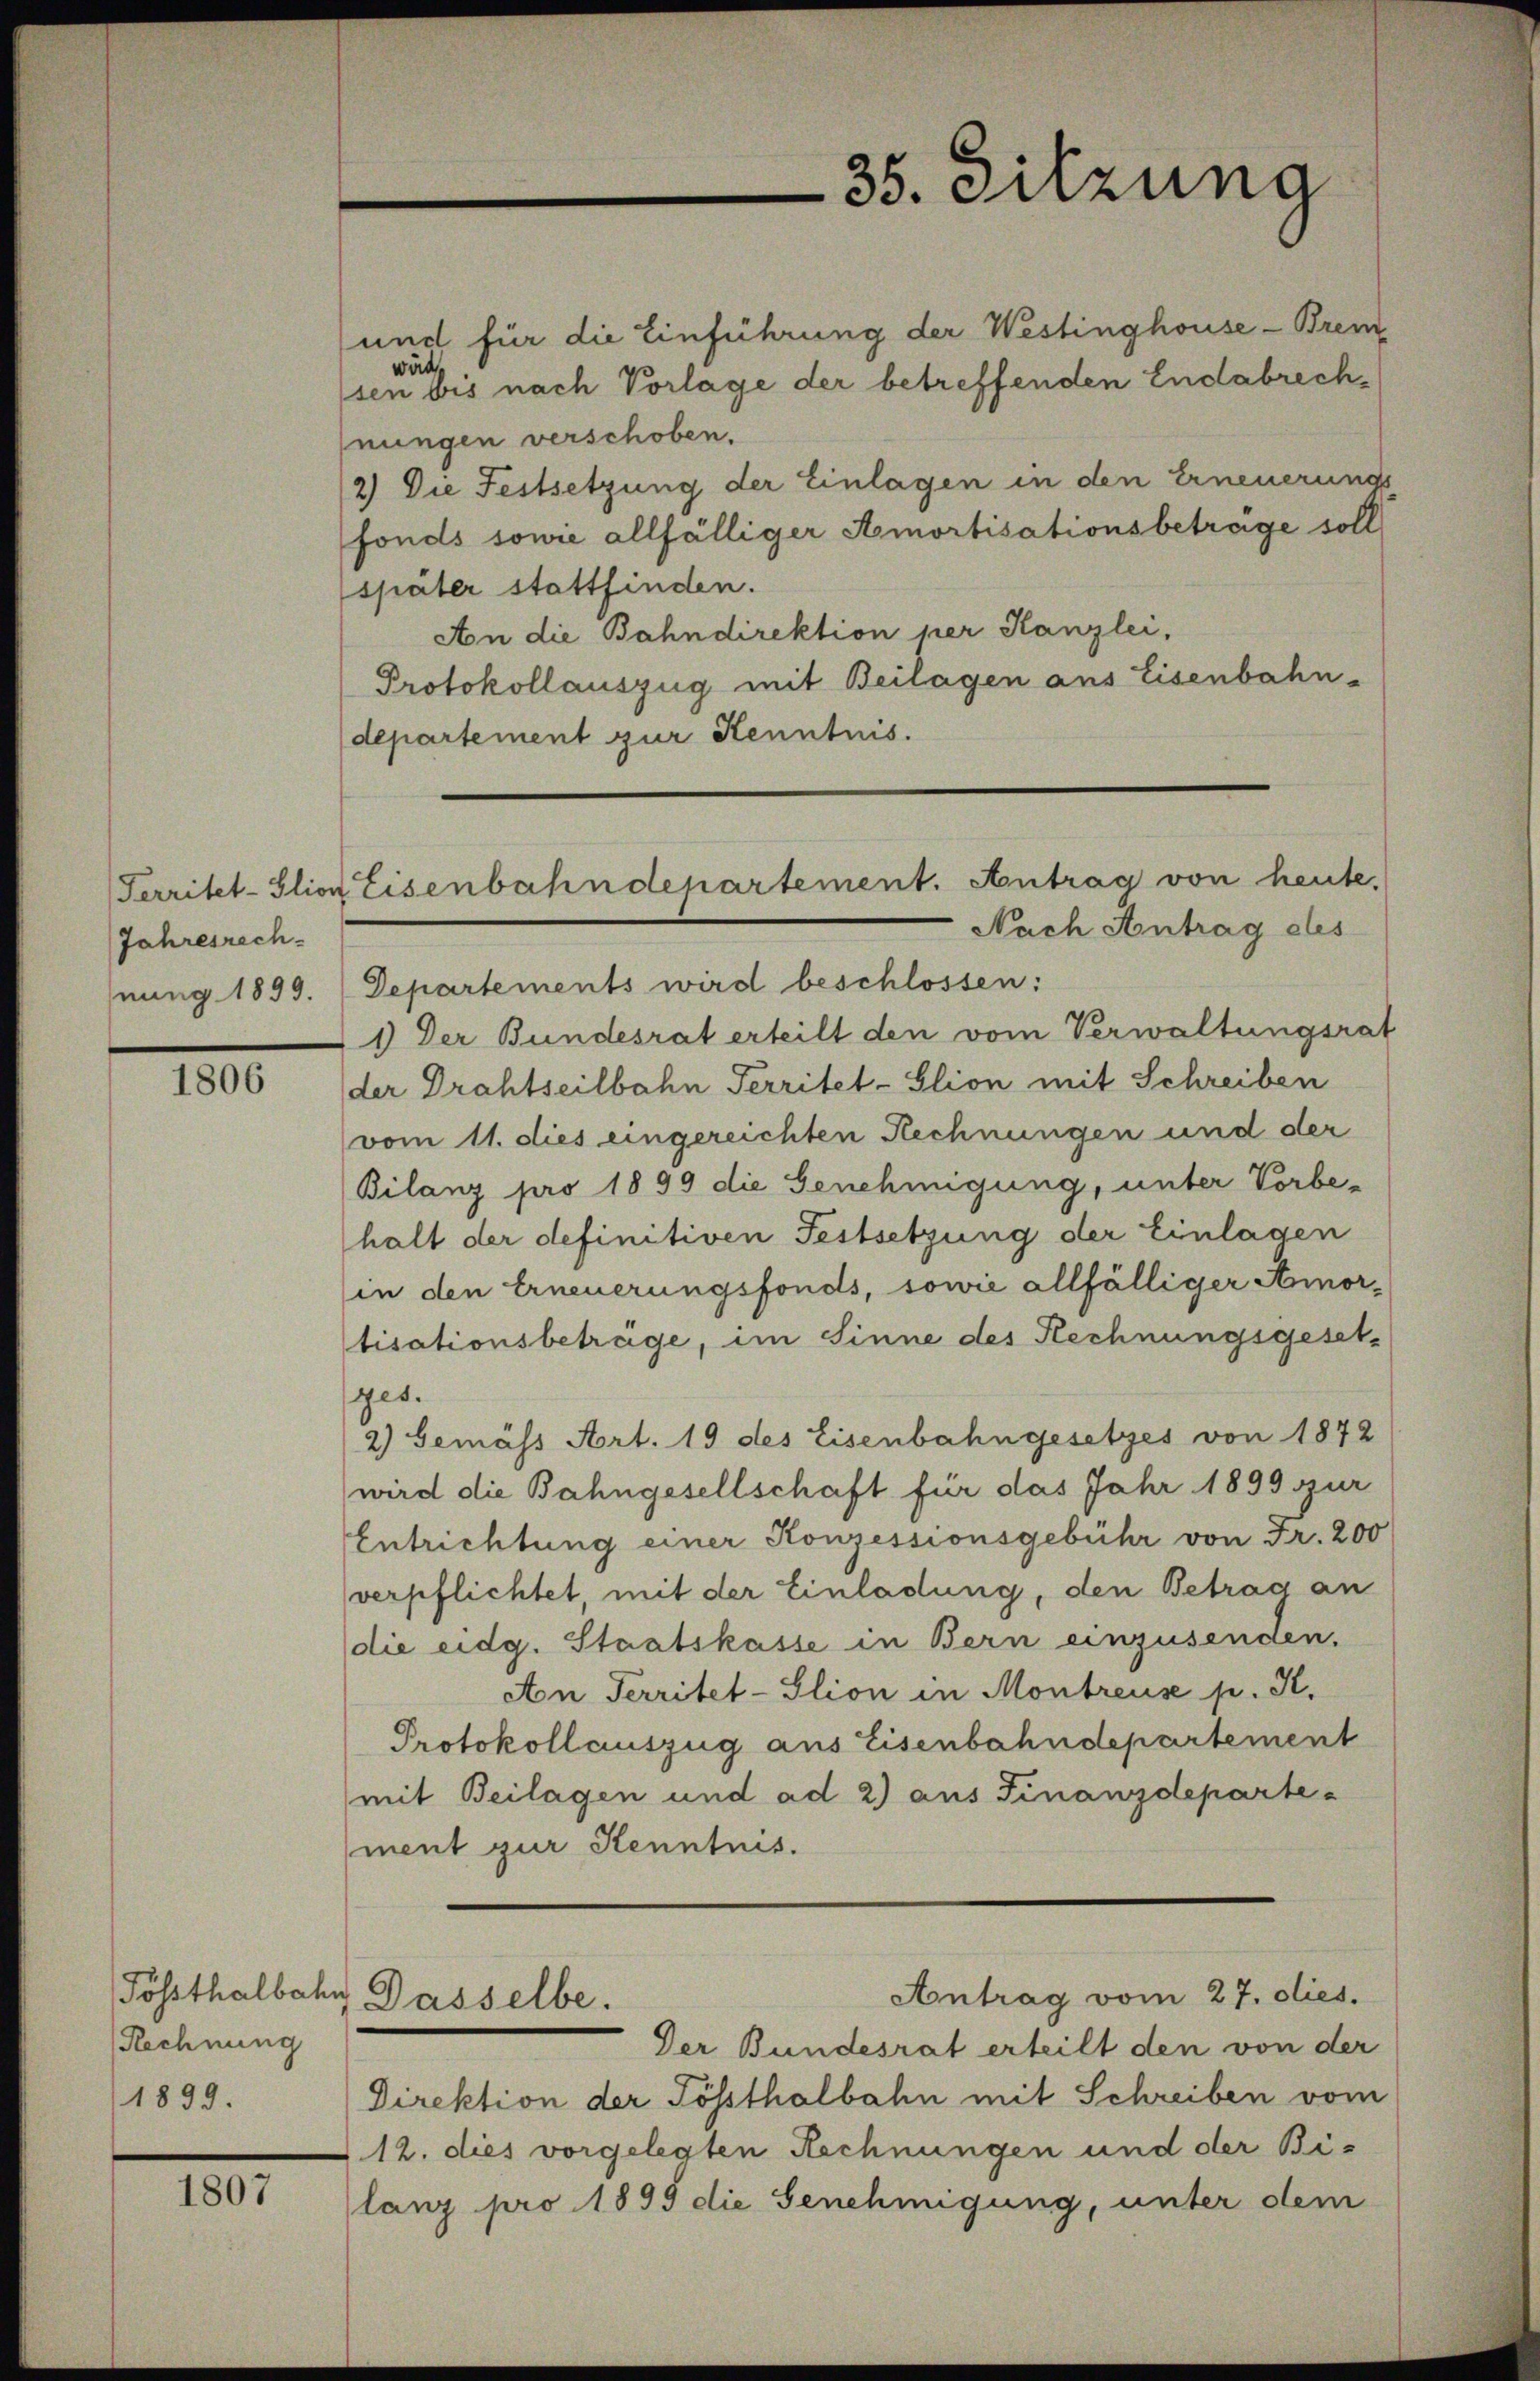
Jahresrech
nung 1899.

1806

Rechnung
1899.

1807

35. Sitzung

und für die Einführung der Westinghouse - Brem
wärde
sen bis nach Vorlage der betreffenden Endabrechnungen verschoben.
2) Die Festsetzung der Einlagen in den Erneuerungs
fonds sowie allfälliger Amortisationsbetrage soll
später stattfinden.
An die Bahndirektion per Kanzlei,
Protokollauszug mit Beilagen aus Eisenbahn-
departement zur Kenntnis.
Territet-Glion Eisenbahndepartement. Antrag von heute,

Nach Antrag ehes
Departements wird beschlossen:
1) Der Bundesrat erteilt den vom Verwaltungsrat
der Drahtseilbahn Territet-Glion mit Schreiben
vom 11. dies eingereichten Rechnungen und der
Bilanz pro 1899 die Genehmigung, unter Vorbe-
halt der definitiven Festsetzung der Einlagen
in den Erneuerungsfonds, sowie allfälliger Annortisationsbetrüge, im Sinne des Rechnungsgesetges.
2) Gemäss Art. 19 des Eisenbahngesetzes von 1872
wird die Bahngesellschaft für das Jahr 1899 zur
Entrichtung einer Konzessionsgebühr von Fr. 200
erpflichtet, mit der Einladung, den Betrag an
die eidg. Staatskasse in Bern einzusenden.
An Territet-Slion in Montreuse p. K.
Protokollauszug aus Eisenbahndepartement
mit Beilagen und ad 2) aus Finanzdeparte
ment zur Kenntnis.
Antrag vom 27. dies.
Tößthalbahn Dasselbe.
Der Bundesrat erteilt den von der
Direktion der Sössthalbahn mit Schreiben vom
12. dies vorgelegten Rechnungen und der Bilanz pro 1895 die Genehmigung, unter dem